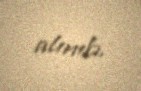
alınıb.